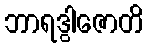
ဘာရဒွါဇောတိ